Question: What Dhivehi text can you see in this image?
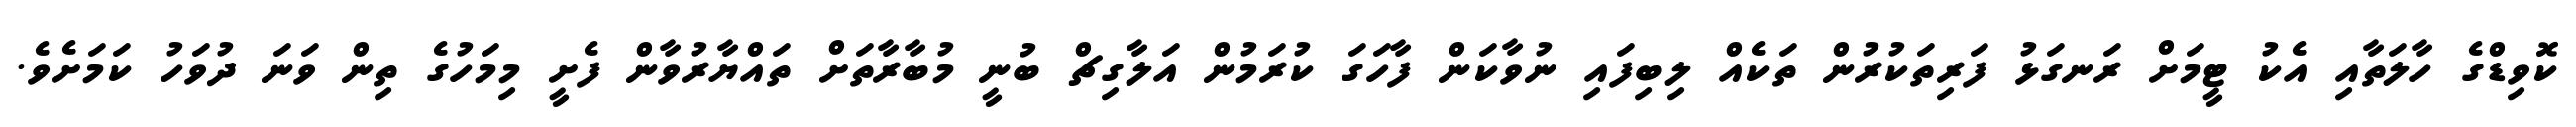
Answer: ކޮވިޑްގެ ހާލަތާއި އެކު ޓީމަށް ރަނގަޅު ފަރިތަކުރުން ތަކެއް ލިބިފައި ނުވާކަން ފާހަގަ ކުރަމުން އަލާގިޗް ބުނީ މުބާރާތަށް ތައްޔާރުވާން ފެށީ މިމަހުގެ ތިން ވަނަ ދުވަހު ކަމަށެވެ.